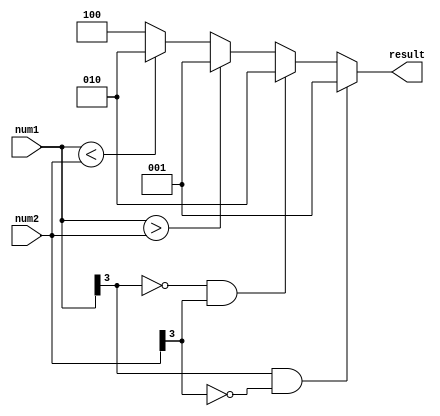
module signed_magnitude_comparator(input [3:0] num1, input [3:0] num2, output [2:0] result);

reg [2:0] result;

always @(*) begin
    if (num1[3] == 1 && num2[3] == 0) begin
        result = 3'b001; // num1 is greater than num2
    end else if (num1[3] == 0 && num2[3] == 1) begin
        result = 3'b010; // num1 is less than num2
    end else begin
        if (num1 > num2) begin
            result = 3'b001; // num1 is greater than num2
        end else if (num1 < num2) begin
            result = 3'b010; // num1 is less than num2
        end else begin
            result = 3'b100; // num1 is equal to num2
        end
    end
end

assign result = result;

endmodule